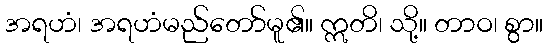
အရဟံ၊ အရဟံမည်တော်မူ၏။ ဣတိ၊ သို့။ တာဝ၊ စွာ။